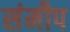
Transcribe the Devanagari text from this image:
संमीप